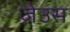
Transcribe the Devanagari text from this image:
ज़ेउस